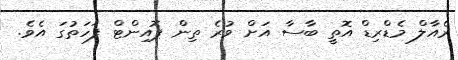
ރެއާލް މެޑްރިޑް އޮތީ ބާސާ އަށް ވުރެ ތިން ޕޮއިންޓް ފަހަތުގަ އެވެ.